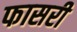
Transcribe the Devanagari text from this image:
फासरी